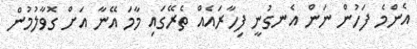
އެންމެ ފަހުން ނަން އެނގުނީ ފިހާރައެއް ތެރޭގައި މާމަ އޭނާ އަށް ގޮވާލުމުން